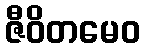
ဇီဝိတမေဝ